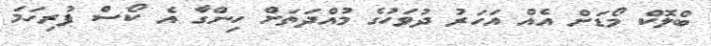
ބްލޮކް މޯޑަށް އެއް އަހަރު ދުވަހުގެ މުއްދަތަށް ހިންގާ އެ ކޯސް ފުރިހަމަ